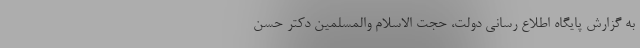
به گزارش پایگاه اطلاع رسانی دولت، حجت الاسلام والمسلمین دکتر حسن